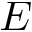
E